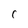
Character: C